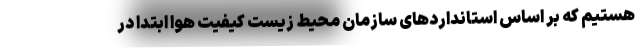
هستیم که بر اساس استاندارد‌های سازمان محیط زیست کیفیت هوا ابتدا در